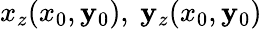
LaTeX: x_{z}(x_{0},\mathbf{y}_{0}),~\mathbf{y}_{z}(x_{0},\mathbf{y}_{0})